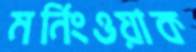
মর্নিংওয়াক